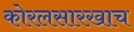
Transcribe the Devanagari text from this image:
कोरलसारखाच